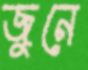
জুনে